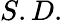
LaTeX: S.D.